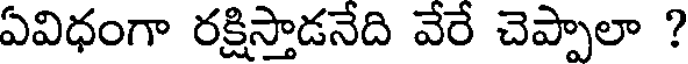
ఏవిధంగా రక్షిస్తాడనేది వేరే చెప్పాలా ?